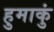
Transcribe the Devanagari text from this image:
हुमाकुं